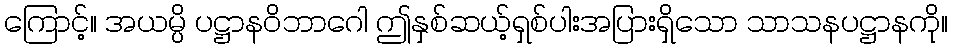
ကြောင့်။ အယမ္ပိ ပဋ္ဌာနဝိဘာဂေါ ဤနှစ်ဆယ့်ရှစ်ပါးအပြားရှိသော သာသနပဋ္ဌာနကို။